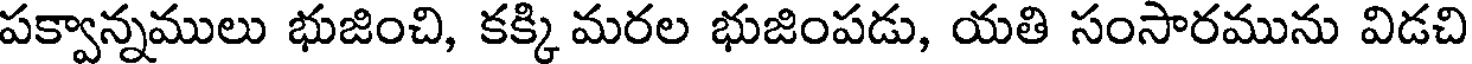
పక్వాన్నములు భుజించి, కక్కి మరల భుజింపడు, యతి సంసారమును విడచి